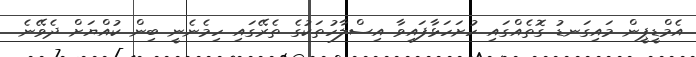
އެމްޑީޕީން މައިގަނޑު ގޮތެއްގައި ހުށަހަޅާފައިވާ އިސްލާހުތަކުގެ ތެރޭގައި ހިމެނެނީ ބިން ކުއްޔަށް ދެވޭނެ